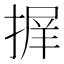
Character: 𭡱